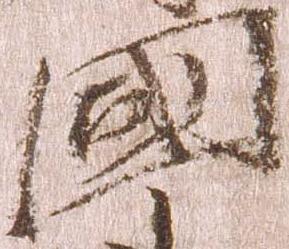
国